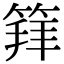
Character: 𥯟